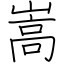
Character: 嵩